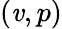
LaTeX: (\mathit{v},p)